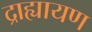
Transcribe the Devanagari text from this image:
द्राह्यायण